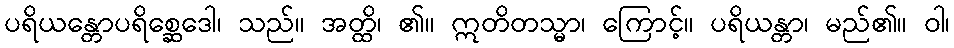
ပရိယန္တောပရိစ္ဆေဒေါ၊ သည်။ အတ္ထိ၊ ၏။ ဣတိတသ္မာ၊ ကြောင့်။ ပရိယန္တာ၊ မည်၏။ ဝါ၊